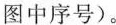
图中序号)。